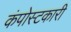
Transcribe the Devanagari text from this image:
कंपोस्टकारी